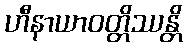
ဟီနာယာဝတ္တိဿန္တိ